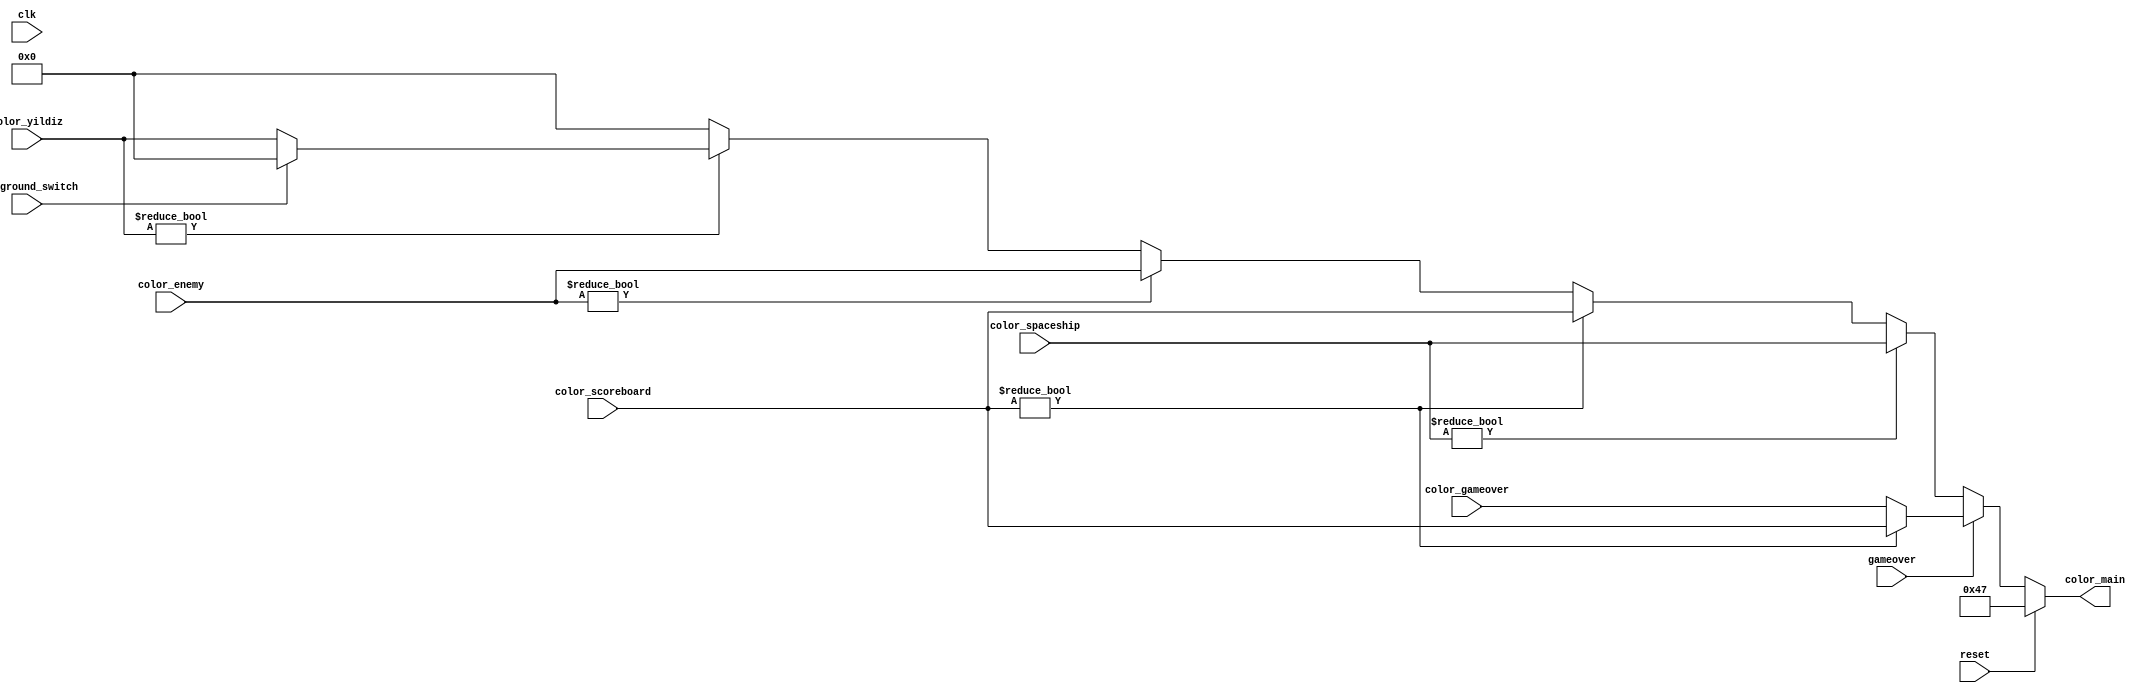
module color_hierarchy(clk,color_spaceship,color_scoreboard,color_enemy,color_gameover,color_yildiz,color_main,gameover,reset,background_switch);
input clk;
input wire background_switch;
input wire [7:0] color_spaceship;
input wire [7:0] color_scoreboard;
input wire [7:0] color_enemy;
input wire [7:0] color_gameover;
input gameover;
input reset;
output reg [7:0] color_main;
input wire [7:0] color_yildiz;
always @(clk) begin
	if (reset) begin
		
		color_main = 8'b01000111;
	end
	else begin
		if (gameover) begin //gameover
			if (color_scoreboard != 8'b00000000) begin
				color_main = color_scoreboard;
			end
			else begin
				color_main = color_gameover;
			end
		end
		else begin
			if(color_spaceship != 8'b00000000) begin
				color_main = color_spaceship;
			end
			else if(color_scoreboard != 8'b00000000) begin
				color_main = color_scoreboard;
			end
			else if(color_enemy != 8'b00000000) begin
				color_main = color_enemy;
			end
			else if (color_yildiz != 8'b00000000) begin
				if (background_switch == 0) begin
					color_main = color_yildiz;
				end
				else begin
					color_main = 8'b00000000;
				end
			end
			else begin
				color_main = 8'b00000000;
			end
		end
	end
end
endmodule